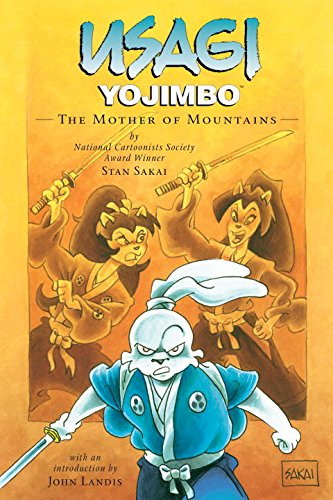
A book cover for Usagi Yojimbo Volume 21: The Mother of Mountains (Usagi Yojimbo (Dark Horse)) (v. 21); Stan Sakai; Teen & Young Adult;